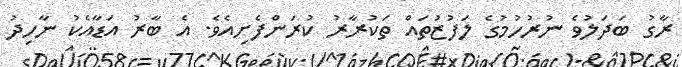
ރާގު ބަދަލުވެ ނުރުހުމުގެ ލަފުޒުތައް ތަކުރާރު ކުރަންފެށިއެވެ. އެ ބާރު އަޑާއެކު ނާހިދު